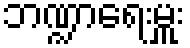
ဘဏ္ဍာရေးမှူး